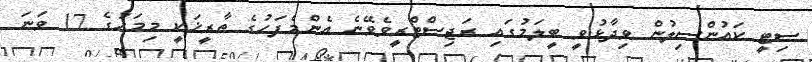
ސިޓީ ކައުންސިލުން ވިދާޅުވީ ބީލަމުގައި ރަޖިސްޓްރީވެވޭނެ އެންމެފަހުގެ ތާރީޚަކީ މިމަހުގެ 17 ވަނަ